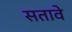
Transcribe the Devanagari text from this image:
सतावे